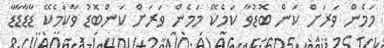
މަމެން ވަރަށް ކަން ބޮޑުވާ ކަމެކޭ މަމެން ވަރަށް ކަންބޮޑު ވާކަމެކޭ ޑާޑާޑާޑާ